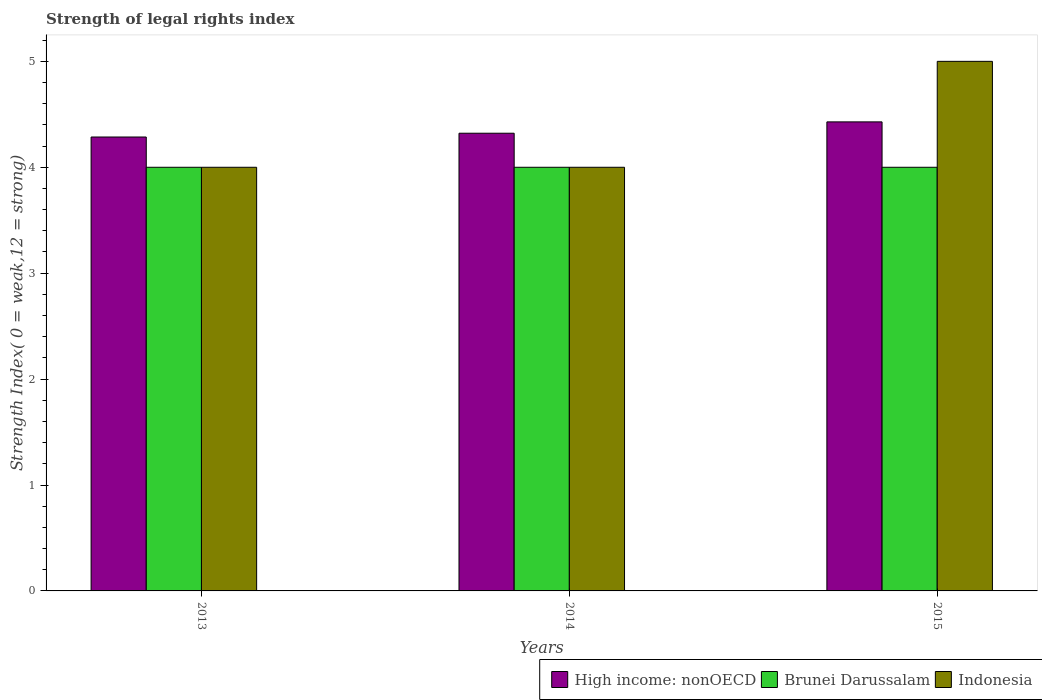
| Years | High income: nonOECD | Brunei Darussalam | Indonesia |
 | --- | --- | --- | --- |
 | 2013 | 4.29 | 4 | 4 |
 | 2014 | 4.32 | 4 | 4 |
 | 2015 | 4.43 | 4 | 5 |